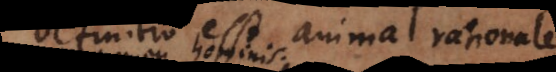
definitio est animal rationale,